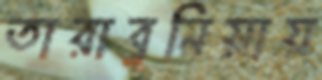
তারাবুনিয়ায়